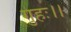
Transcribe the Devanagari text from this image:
गुहः।।